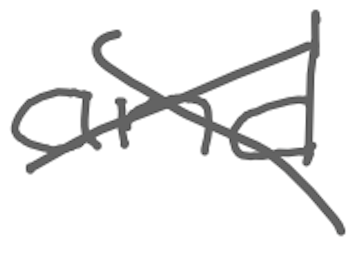
Text: and
Cross-out: cross
Writing tool: digital_gray